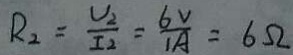
R _ { 2 } = \frac { U _ { 2 } } { I _ { 2 } } = \frac { 6 V } { 1 A } = 6 \Omega